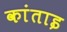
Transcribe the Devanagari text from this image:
कांताइ